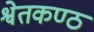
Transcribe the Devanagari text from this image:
श्वेतकण्ठ